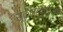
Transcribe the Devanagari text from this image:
स्कैन्डेनेविअन